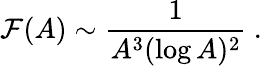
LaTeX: {\cal F}(A)\sim{\frac{1}{A^{3}(\log A)^{2}}}\ .